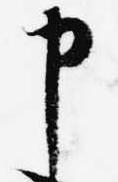
申